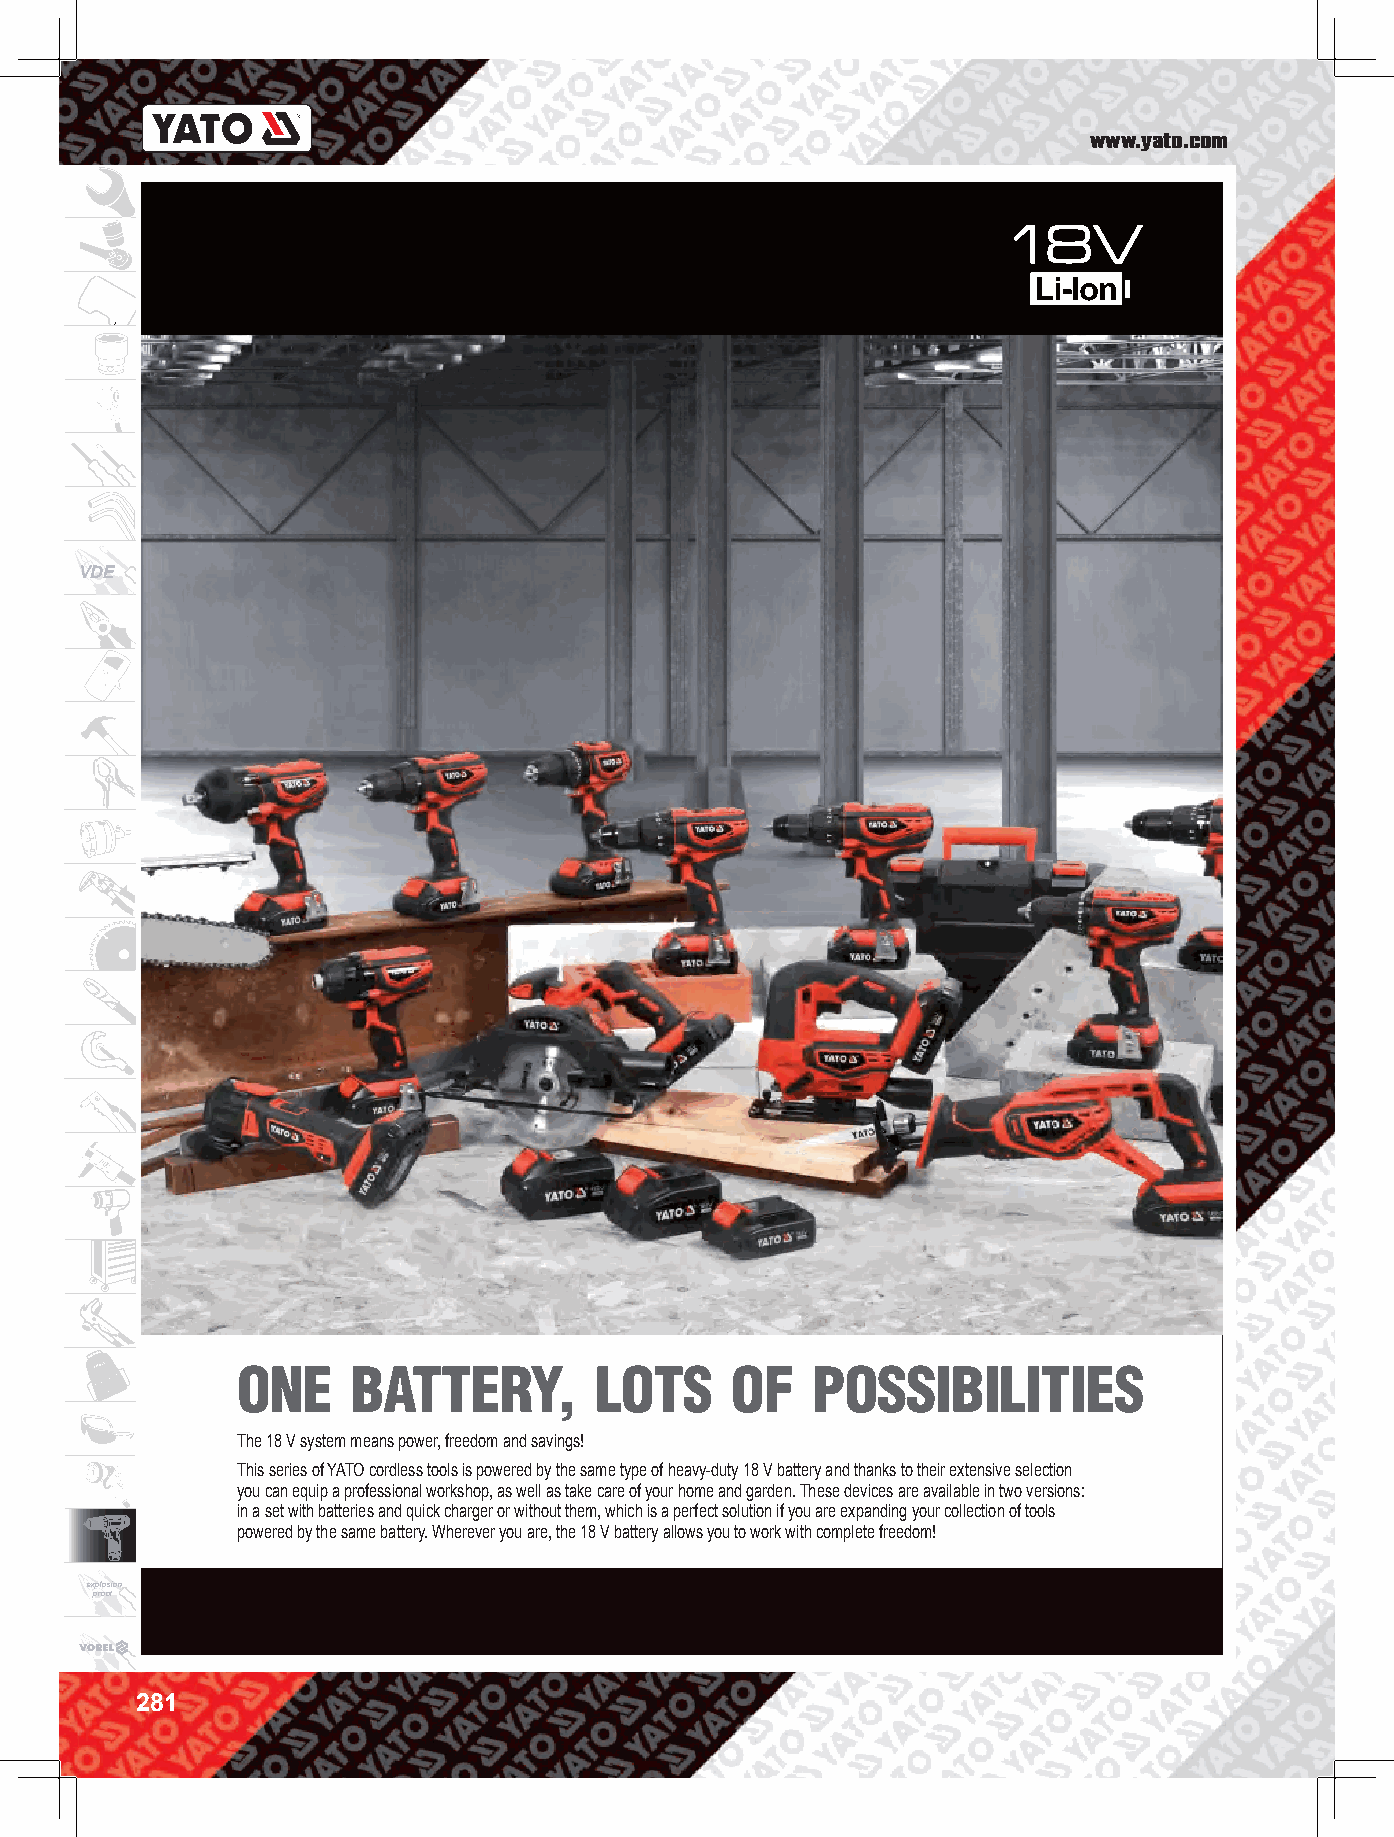
www.yato.com
 VDE
 ONE    BATTERY,        LOTS     OF    POSSIBILITIES
 The 18 V system means power, freedom and savings!
 This series of YATO cordless tools is powered by the same type of heavy-duty 18 V battery and thanks to their extensive selection
 you can equip a professional workshop, as well as take care of your home and garden. These devices are available in two versions:
 in a set with batteries and quick charger or without them, which is a perfect solution if you are expanding your collection of tools
 powered by the same battery. Wherever you are, the 18 V battery allows you to work with complete freedom!
 explosion
 proof
 281